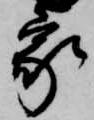
家